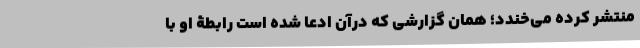
منتشر کرده می‌خندد؛ همان گزارشی که درآن ادعا شده است رابطۀ‌ او با